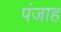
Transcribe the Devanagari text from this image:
पंजाह